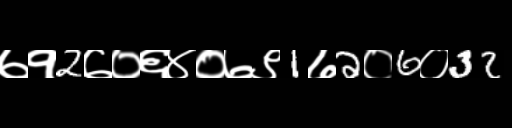
Text: ७१2७०६४०७९1७2०6०32